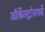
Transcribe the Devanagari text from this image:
ऑर्केस्ट्रांमध्ये